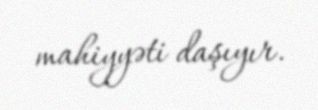
mahiyyəti daşıyır.